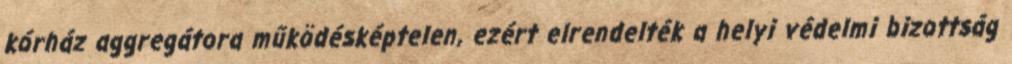
kórház aggregátora működésképtelen, ezért elrendelték a helyi védelmi bizottság